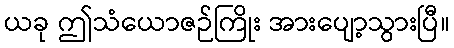
ယခု ဤသံယောဇဉ်ကြိုး အားပျော့သွားပြီ။